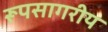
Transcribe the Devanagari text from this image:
रूपसागरीय